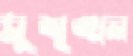
সুশৃঙ্খল